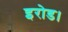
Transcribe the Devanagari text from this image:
इरोड।